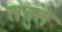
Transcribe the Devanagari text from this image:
तनुते